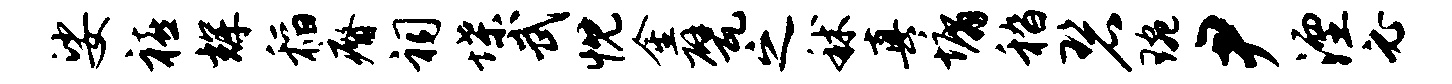
娑禧辉稻瘠祠堞武忱金甓之秫真墉嵇碧琬尹湮必